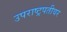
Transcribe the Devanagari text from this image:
उपराष्ट्रपतीवर